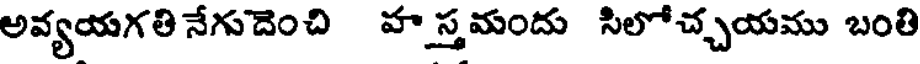
అవ్యయగతి నేగుదెంచి హస్తమందు సిలోచ్చయము బంతి